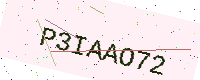
Text: P3IAAO72